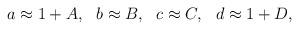
LaTeX: \begin{align*}a\approx 1+A,~~b \approx B,~~c\approx C,~~d\approx 1+D,\end{align*}